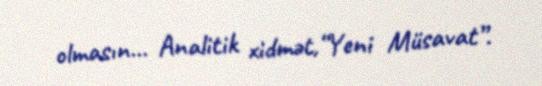
olmasın... Analitik xidmət,“Yeni Müsavat”.